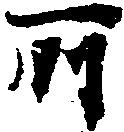
所